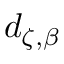
d _ { \zeta , \beta }